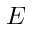
{ \cal E }